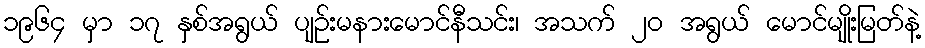
၁၉၆၄ မှာ ၁၇ နှစ်အရွယ် ပျဉ်းမနားမောင်နီသင်း၊ အသက် ၂၀ အရွယ် မောင်မျိုးမြတ်နဲ့